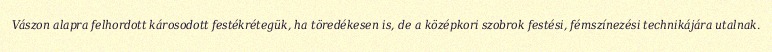
Vászon alapra felhordott károsodott festékrétegük, ha töredékesen is, de a középkori szobrok festési, fémszínezési technikájára utalnak.